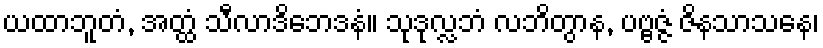
ယထာဘူတံ, အတ္ထံ သီလာဒိဘေဒနံ။ သုဒုလ္လဘံ လဘိတွာန, ပဗ္ဗဇ္ဇံ ဇိနသာသနေ၊